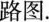
路图.